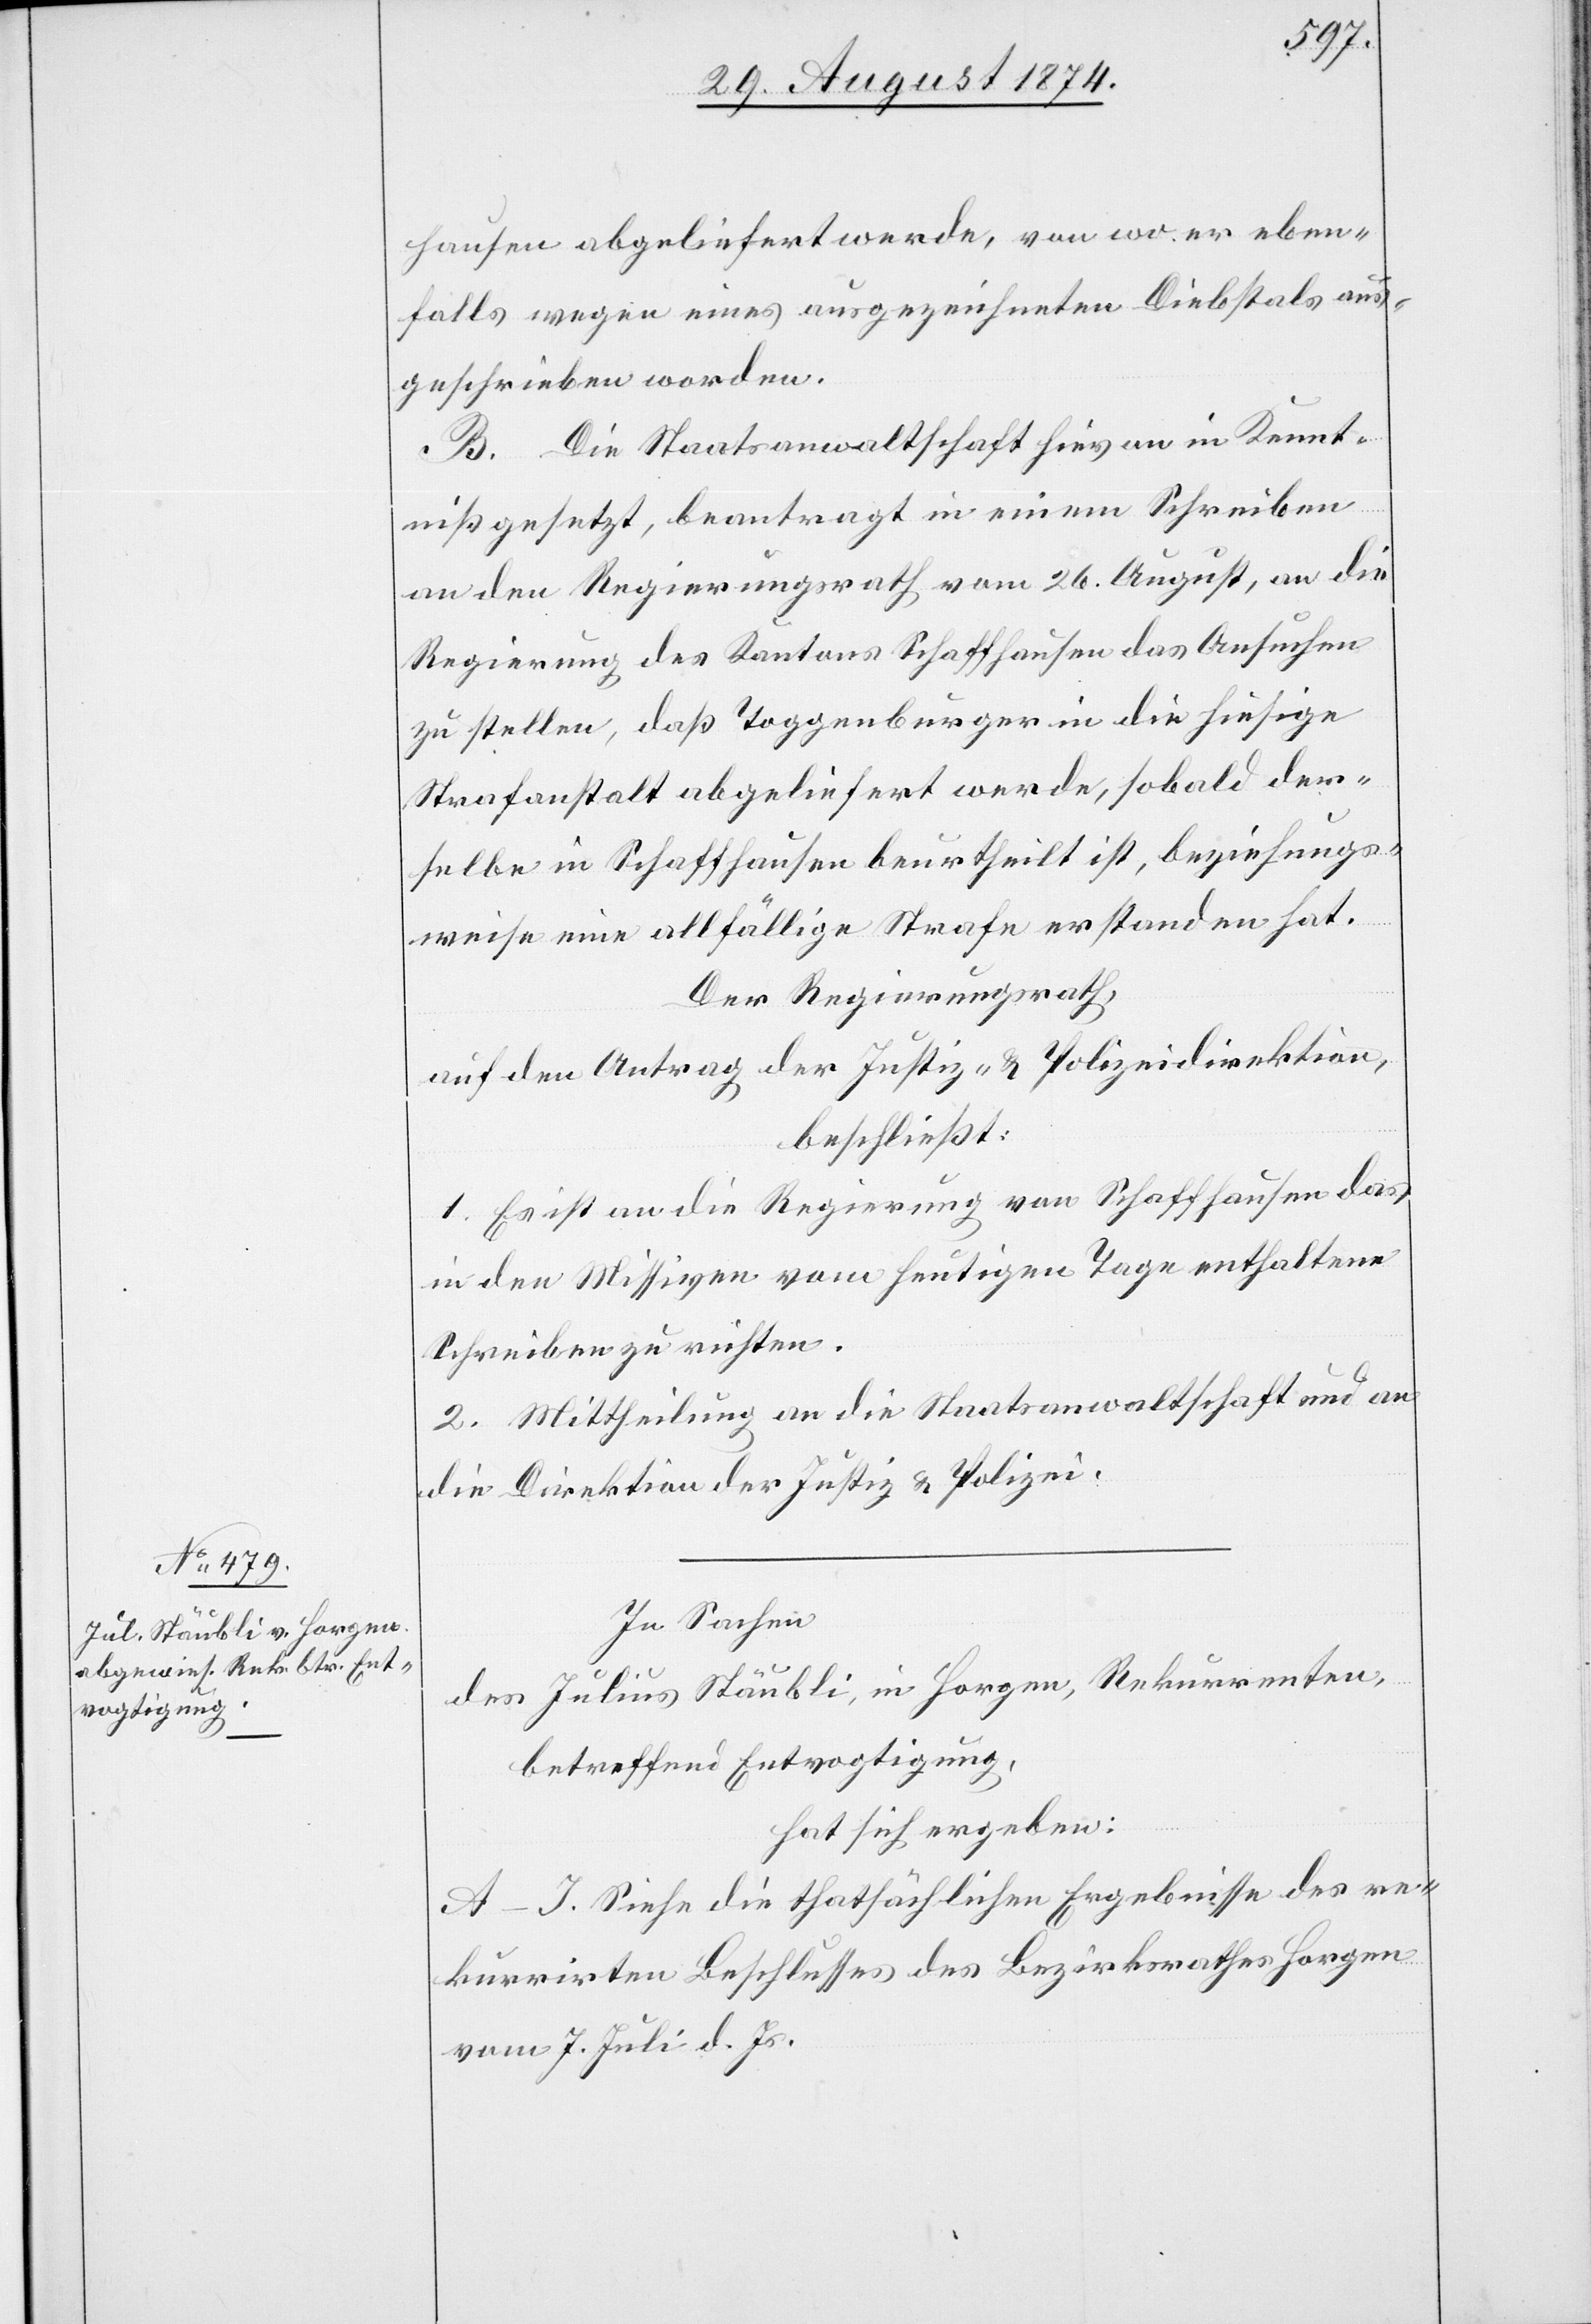
hausen abgeliefert werde, von wo er eben¬
falls wegen eines ausgezeichneten Diebstals aus¬
geschrieben worden.
B. Die Staatsanwaltschaft hievon in Kennt¬
niß gesetzt, beantragt in einem Schreiben
an den Regierungsrath vom 26. August, an die
Regierung des Kantons Schaffhausen das Ansuchen
zu stellen, daß Toggenburger in die hiesige
Strafanstalt abgeliefert werde, sobald der¬
selbe in Schaffhausen beurtheilt ist, beziehungs¬
weise eine allfällige Strafe erstanden hat.
Der Regierungsrath,
auf den Antrag der Justiz- u. Polizeidirektion,
beschließt:
1. Es ist an die Regierung von Schaffhausen das
in den Missiven vom heutigen Tage enthaltene
Schreiben zu richten.
2. Mittheilung an die Staatsanwaltschaft und an
die Direktion der Justiz u. Polizei.